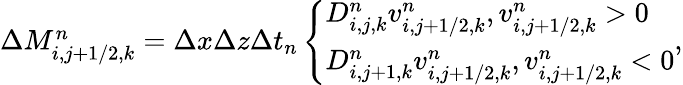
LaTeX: \begin{array}{r}{\Delta M_{i,j+1/2,k}^{n}=\Delta x\Delta z\Delta t_{n}\left\{ \begin{array}{ll}{D_{i,j,k}^{n}v_{i,j+1/2,k}^{n},v_{i,j+1/2,k}^{n}>0}\\ {D_{i,j+1,k}^{n}v_{i,j+1/2,k}^{n},v_{i,j+1/2,k}^{n}<0}\end{array}\right.,}\end{array}